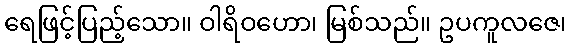
ရေဖြင့်ပြည့်သော။ ဝါရိဝဟော၊ မြစ်သည်။ ဥပကူလဇေ၊